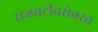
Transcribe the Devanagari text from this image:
राजवटीबरोबरच